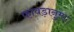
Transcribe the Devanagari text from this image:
फावड़ानुमा